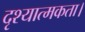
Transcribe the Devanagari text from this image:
दृश्यात्मकता।